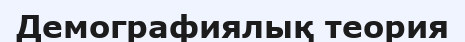
Демографиялық теория